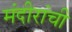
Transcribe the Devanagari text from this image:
मंदीरांची